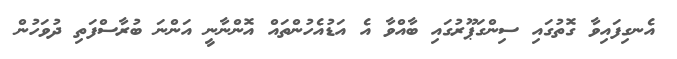
އެނގިފައިވާ ގޮތުގައި ސިންގަޕޫރުގައި ބާއްވާ އެ އަޑުއެހުންތައް އޮންނާނީ އަންނަ ބުރާސްފަތި ދުވަހުން